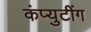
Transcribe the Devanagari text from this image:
कंप्युटींग